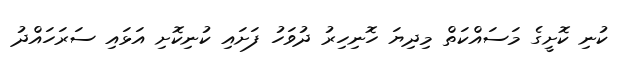
ކުނި ކޮށީގެ މަސައްކަތް މިދިޔަ ހޮނިހިރު ދުވަހު ފަށައި ކުނިކޮށި އަޅައި ސަރަހައްދު